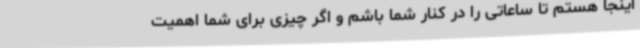
اینجا هستم تا ساعاتی را در کنار شما باشم و اگر چیزی برای شما اهمیت